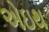
એઇથ